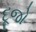
દૂજો